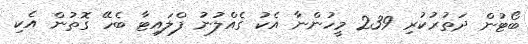
ބޯޓުން ދަތުުރުކުރި 239 މީހުންނާ އެކު ގެއްލުނު ފްލައިޓާ ބެހޭ ގޮތުން އެކި